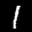
Label: 1